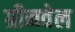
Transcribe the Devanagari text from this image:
ग्रीनवेल